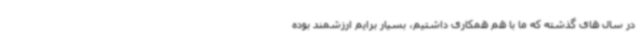
در سال های گذشته که ما با هم همکاری داشتیم، بسیار برایم ارزشمند بوده